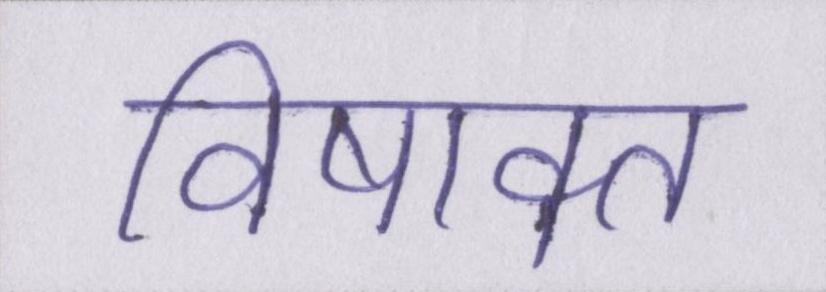
विषाक्त